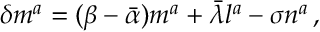
\delta m ^ { a } = ( \beta - { \bar { \alpha } } ) m ^ { a } + { \bar { \lambda } } l ^ { a } - \sigma n ^ { a } \, ,